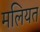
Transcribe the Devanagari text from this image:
मलियत